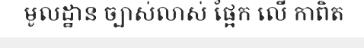
មូលដ្ឋាន ច្បាស់លាស់ ផ្អែក លើ កាពិត